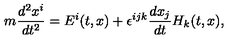
m \frac { d ^ { 2 } x ^ { i } } { d t ^ { 2 } } = E ^ { i } ( t , x ) + \epsilon ^ { i j k } \frac { d x _ { j } } { d t } H _ { k } ( t , x ) ,